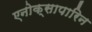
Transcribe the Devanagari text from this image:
एनोक्सापारिन